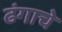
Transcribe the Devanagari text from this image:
ढंगाचे